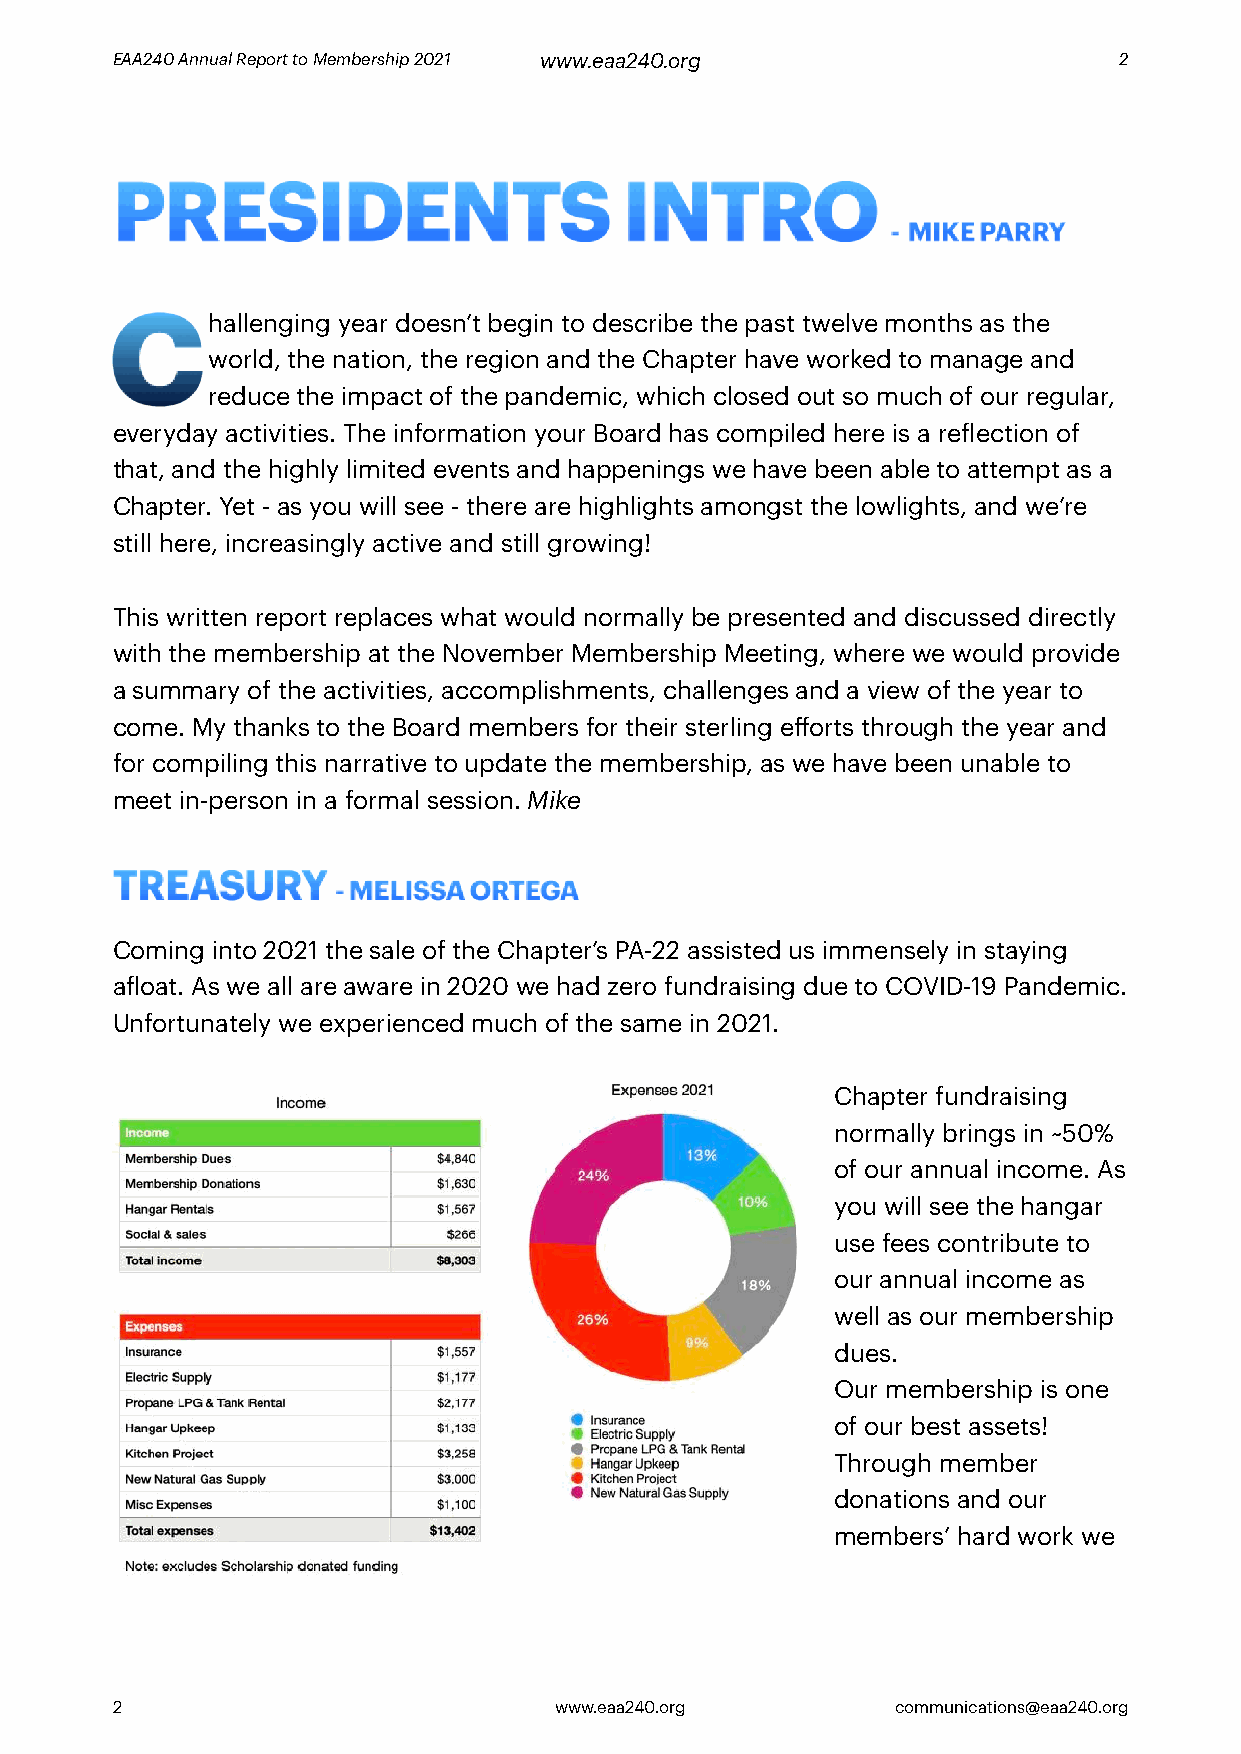
EAA240 Annual Report to Membership 2021 www.eaa240.org             2
 PRESIDENTS                        INTRO
 - MIKE PARRY
 C
 hallenging year doesn’t begin to describe the past twelve months as the
 world, the nation, the region and the Chapter have worked to manage and
 reduce the impact of the pandemic, which closed out so much of our regular,
 everyday activities. The information your Board has compiled here is a reflection of
 that, and the highly limited events and happenings we have been able to attempt as a
 Chapter. Yet - as you will see - there are highlights amongst the lowlights, and we’re
 still here, increasingly active and still growing!
 This written report replaces what would normally be presented and discussed directly
 with the membership at the November Membership Meeting, where we would provide
 a summary of the activities, accomplishments, challenges and a view of the year to
 come. My thanks to the Board members for their sterling efforts through the year and
 for compiling this narrative to update the membership, as we have been unable to
 meet in-person in a formal session. Mike
 TREASURY
 - MELISSA ORTEGA
 Coming into 2021 the sale of the Chapter’s PA-22 assisted us immensely in staying
 afloat. As we all are aware in 2020 we had zero fundraising due to COVID-19 Pandemic.
 Unfortunately we experienced much of the same in 2021.
 Chapter fundraising
 normally brings in ~50%
 of our annual income. As
 you will see the hangar
 use fees contribute to
 our annual income as
 well as our membership
 dues.
 Our membership is one
 of our best assets!
 Through member
 donations and our
 members’ hard work we
 2                             www.eaa240.org        communications@eaa240.org